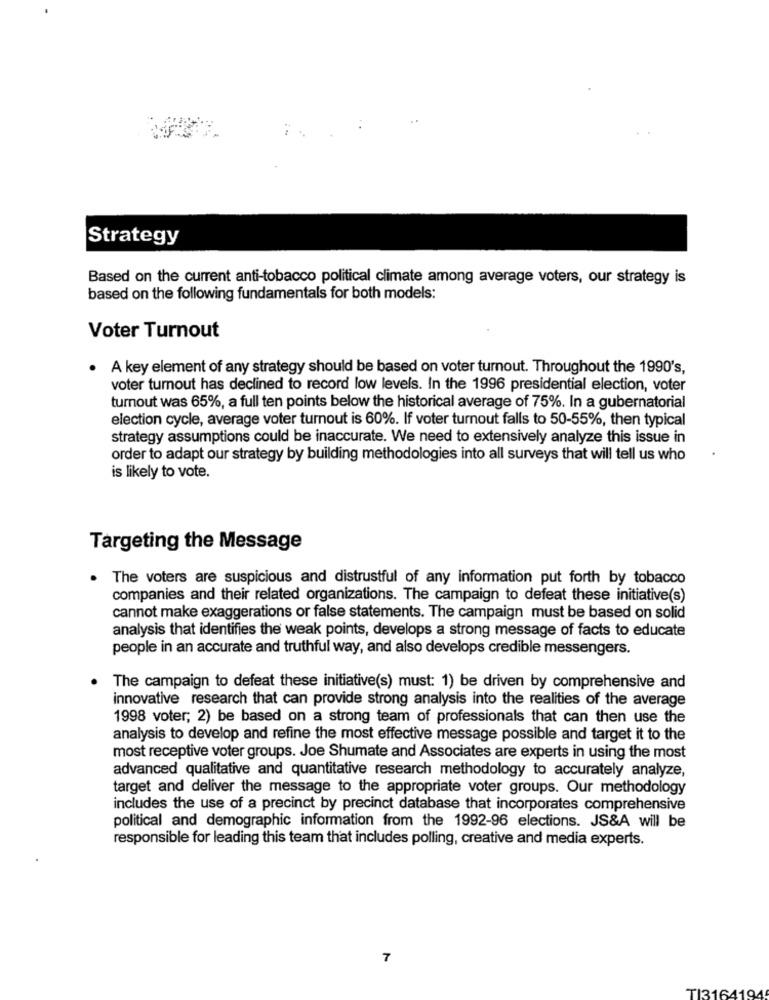
Strategy
Based on the current anti-tobacco political climate among average voters, our strategy is
based on the following fundamentals for both models:
Voter Turnout
.A key element of any strategy should be based on voter turnout. Throughout the 1990's,
voter turnout has declined to record low levels. In the 1996 presidential election, voter
turnout was 65%, a full ten points below the historical average of 75%. In a gubernatorial
election cycle, average voter turnout is 60%. If voter turnout falls to 50-55%, then typical
strategy assumptions could be inaccurate. We need to extensively analyze this issue in
order to adapt our strategy by building methodologies into all surveys that will tell us who
is likely to vote.
Targeting the Message
. The voters are suspicious and distrustful of any information put forth by tobacco
companies and their related organizations. The campaign to defeat these initiative(s)
cannot make exaggerations or false statements. The campaign must be based on solid
analysis that identifies the weak points, develops a strong message of facts to educate
people in an accurate and truthful way, and also develops credible messengers.
. The campaign to defeat these initiative(s) must: 1) be driven by comprehensive and
innovative research that can provide strong analysis into the realities of the average
1998 voter; 2) be based on a strong team of professionals that can then use the
analysis to develop and refine the most effective message possible and target it to the
most receptive voter groups. Joe Shumate and Associates are experts in using the most
advanced qualitative and quantitative research methodology to accurately analyze,
target and deliver the message to the appropriate voter groups. Our methodology
includes the use of a precinct by precinct database that incorporates comprehensive
political and demographic information from the 1992-96 elections. JS&A will be
responsible for leading this team that includes polling, creative and media experts.
7
TI3164194